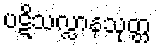
ပဋိသလ္လာနသုတ္တ